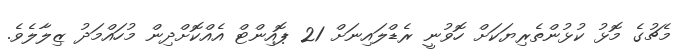
މެޗުގެ މޮޅު ކުޅުންތެރިޔަކަށް ހޮވުނީ ރެޑްލައިނަށް 21 ޕޮއިންޓް އެއްކޮށްދިން މުހައްމަދު ޒިލާލެވެ.